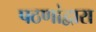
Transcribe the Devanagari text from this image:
पठणांद्वारा